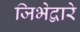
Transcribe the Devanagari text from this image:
जिभेद्वारे